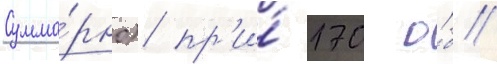
Сумма́рно) пр'и́ 170 о́б/